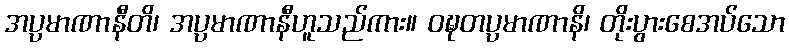
အပ္ပမာဏာနီတိ၊ အပ္ပမာဏာနီဟူသည်ကား။ ဝဍ္ဎတပ္ပမာဏာနိ၊ တိုးပွားစေအပ်သော